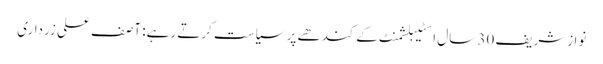
نوازشریف 30 سال اسٹیبلشمنٹ کےکندھے پر سیاست کرتے رہے: آصف علی زرداری